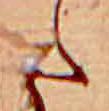
た